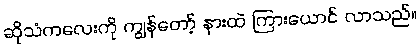
ဆိုသံကလေးကို ကျွန်တော့် နားထဲ ကြားယောင် လာသည်။